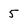
Character: 5